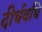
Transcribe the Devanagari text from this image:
दीर्घवधि